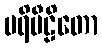
ပရိပီဠိတော